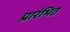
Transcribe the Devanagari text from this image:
प्रारंभित